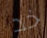
خد